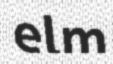
elm